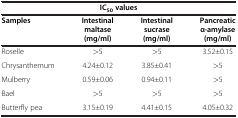
<table><thead><tr><td colspan="4"><b>IC<sub>50 </sub>values</b></td></tr><tr><td><b>Samples</b></td><td><b>Intestinal maltase</b></td><td><b>Intestinal sucrase</b></td><td><b>Pancreatic α-amylase</b></td></tr><tr><td><b> </b></td><td><b>(mg/ml)</b></td><td><b>(mg/ml)</b></td><td><b>(mg/ml)</b></td></tr></thead><tbody><tr><td>Roselle</td><td>&gt;5</td><td>&gt;5</td><td>3.52±0.15</td></tr><tr><td>Chrysanthemum</td><td>4.24±0.12</td><td>3.85±0.41</td><td>&gt;5</td></tr><tr><td>Mulberry</td><td>0.59±0.06</td><td>0.94±0.11</td><td>&gt;5</td></tr><tr><td>Bael</td><td>&gt;5</td><td>&gt;5</td><td>&gt;5</td></tr><tr><td>Butterfly pea</td><td>3.15±0.19</td><td>4.41±0.15</td><td>4.05±0.32</td></tr></tbody></table>